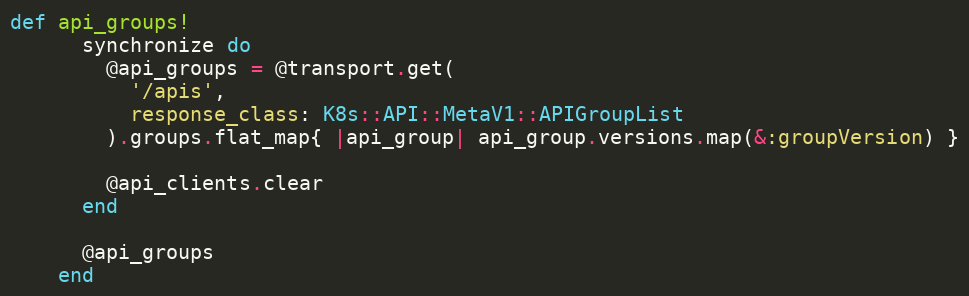
Language: Ruby
def api_groups!
      synchronize do
        @api_groups = @transport.get(
          '/apis',
          response_class: K8s::API::MetaV1::APIGroupList
        ).groups.flat_map{ |api_group| api_group.versions.map(&:groupVersion) }

        @api_clients.clear
      end

      @api_groups
    end